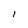
Character: I